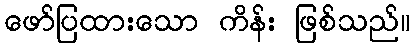
ဖော်ပြထားသော ကိန်း ဖြစ်သည်။